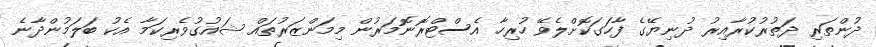
ދުންތަރި ދަތުރުކުރާއިރު ދުނިޔޭގެ ފާހަގަކޮށްލެވޭ ހުރިހާ އެސްޓްރޮނޮމަރުން މިމަންޒަރުތައް ޝައުގުވެރިކަމާ އެކު ބަލަމުންދާނެ